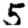
Digit: 5